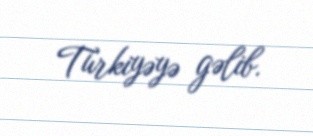
Türkiyəyə gəlib.